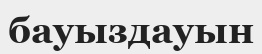
бауыздауын